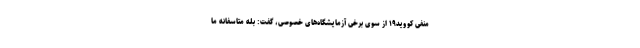
منفی کووید۱۹ از سوی برخی آزمایشگاه‌های خصوصی، گفت: بله متاسفانه ما